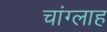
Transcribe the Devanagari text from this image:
चांग्लाह